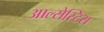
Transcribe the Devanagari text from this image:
आल्सेस्टिस